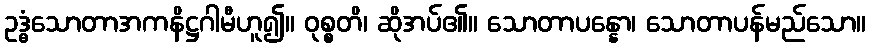
ဥဒ္ဓံသောတာအကနိဋ္ဌဂါမီဟူ၍။ ဝုစ္စတိ၊ ဆိုအပ်၏။ သောတာပန္နော၊ သောတာပန်မည်သော။